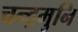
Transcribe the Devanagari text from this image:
चन्द्रमुनि